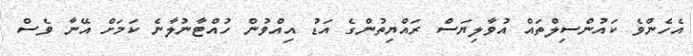
އެހެންވެ ކައުންސިލްތައް އުވާލިޔަސް ރައްޔިތުންގެ އަޑު އިއްވުން ހުއްޓާނުލާނެ ކަމަށް އޭނާ ވެސް